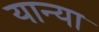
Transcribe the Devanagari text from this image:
यान्या